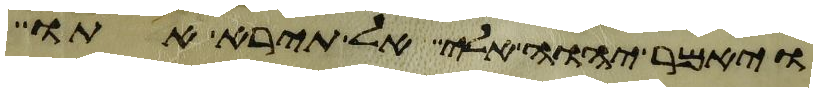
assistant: ויאמר יהוה אלי אל תירא אתו